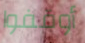
أوقفوا